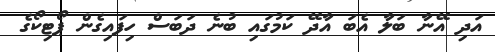
އަދި އޭނާ ބަލާ އެބަ އާދޭ ކަމުގައި ބުނެ ދަބަސް ހިފައިގެން ޕޯޓިކޯގެ